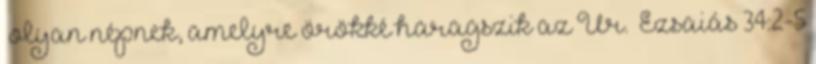
‘olyan népnek, amelyre örökké haragszik az Úr.’ Ézsaiás 34:2-5